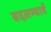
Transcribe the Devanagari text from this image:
बदलण्याचें